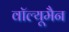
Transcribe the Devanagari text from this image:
वॉल्यूमैन